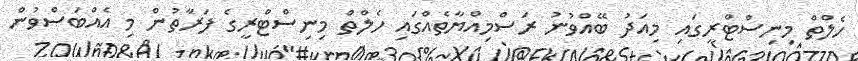
ހެލްތް މިނިސްޓްރީގައި މިއަދު ބޭއްވުނު ރަސްމިއްޔާތެއްގައި ހެލްތް މިނިސްޓްރީގެ ފަރާތުން މި އެއްބަަސްވުން